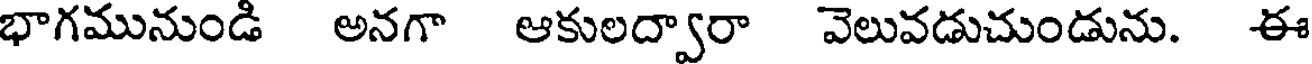
భాగమునుండి అనగా ఆకులద్వారా వెలువడుచుండును. ఈ